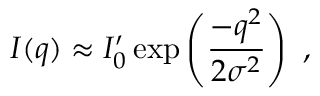
I ( q ) \approx I _ { 0 } ^ { \prime } \exp \left( { \frac { - q ^ { 2 } } { 2 \sigma ^ { 2 } } } \right) \ ,